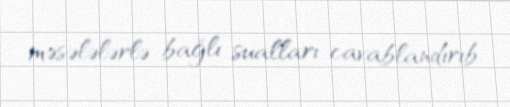
məsələlərlə bağlı sualları cavablandırıb.